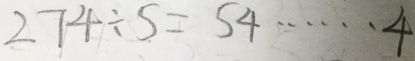
2 7 4 \div 5 = 5 4 \cdots 4